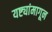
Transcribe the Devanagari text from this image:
यष्ट्यांमागून